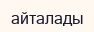
айталады